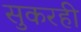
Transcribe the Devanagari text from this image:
सुकरही